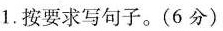
1.按要求写句子。(6分)